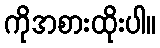
ကိုအစားထိုးပါ။